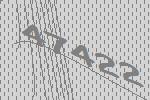
47422